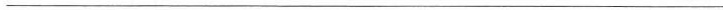
___